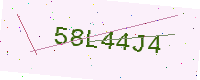
Text: 58L44J4